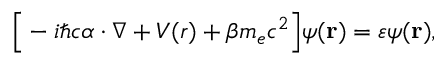
\Big [ - i \hbar c \boldsymbol \alpha \cdot \nabla + V ( r ) + \beta m _ { e } c ^ { 2 } \Big ] \psi ( \mathbf { r } ) = \varepsilon \psi ( \mathbf { r } ) ,